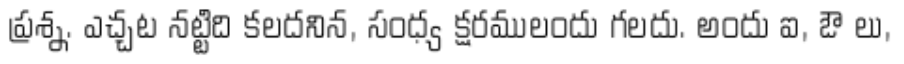
ప్రశ్న. ఎచ్చట నట్టిది కలదనిన, సంధ్య క్షరములందు గలదు. అందు ఐ, ఔ లు,